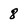
Character: 8